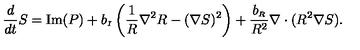
{ \frac { d } { d t } } S = \mathrm { I m } ( P ) + b _ { \scriptscriptstyle I } \left( \frac { 1 } { R } \nabla ^ { 2 } R - ( \nabla S ) ^ { 2 } \right) + { \frac { b _ { \scriptscriptstyle R } } { R ^ { 2 } } } \nabla \cdot ( R ^ { 2 } \nabla S ) . ~